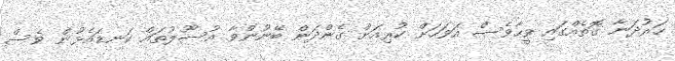
ހަރުދަނާ ގޮތެއްގައި ވީހާވެސް އަވަހަށް ކުރިއަށް ގެންދަން ބޭނުންވާ އުސޫލުތައް ކަނޑައެޅުން ވެސް